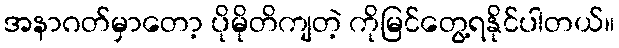
အနာဂတ်မှာတော့ ပိုမိုတိကျတဲ့ ကိုမြင်တွေ့ရနိုင်ပါတယ်။